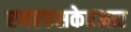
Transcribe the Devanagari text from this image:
एनएएसकेएआर